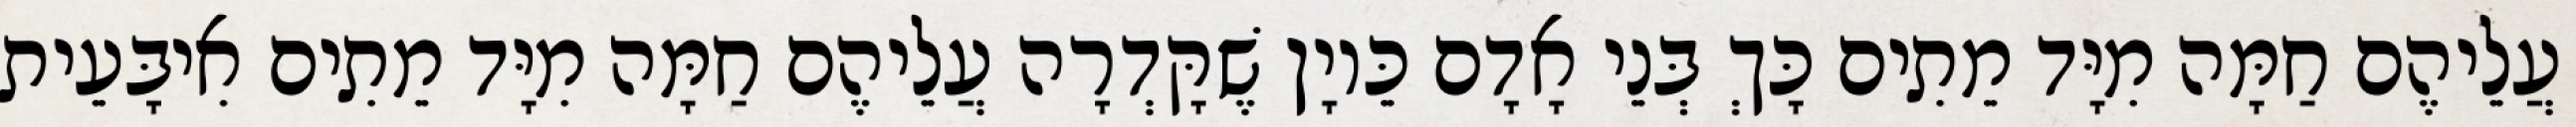
עֲלֵיהֶם חַמָּה מִיָּד מֵתִים כָּךְ בְּנֵי אָדָם כֵּיוָן שֶׁקָּדְרָה עֲלֵיהֶם חַמָּה מִיָּד מֵתִים אִיבָּעֵית